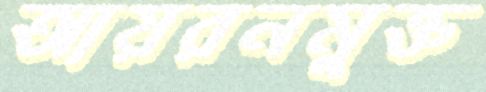
আয়রনমুক্ত